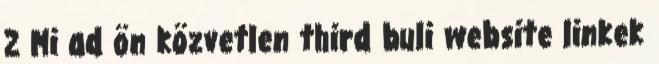
2 Mi ad ön közvetlen third buli website linkek